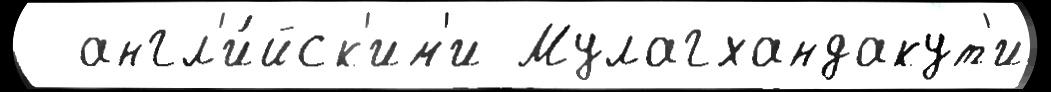
  англ'и́йск'им'и Мулагхандакут'и